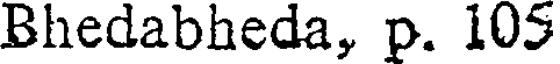
Bhedabheda, p. 105